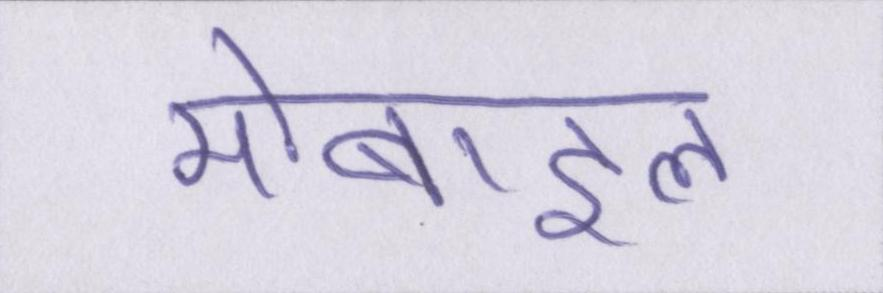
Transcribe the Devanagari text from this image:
मोबाइल